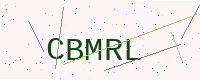
Text: CBMRL